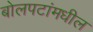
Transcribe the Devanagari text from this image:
बोलपटांमधील